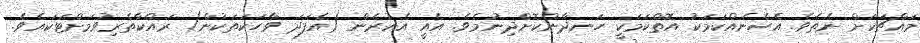
މައްޗަކަށް ނެތެވެ. އެހެނެއްކަމަކު އޮތްކަމަކީ ހަނދާންކޮށްދިނުމެވެ. އެއީ އެއުރެން (އެފަދަ ވާހަކަތަކުން) ރައްކާތެރިވުމަށްޓަކައެވެ.